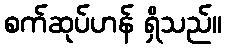
စက်ဆုပ်ဟန် ရှိသည်။